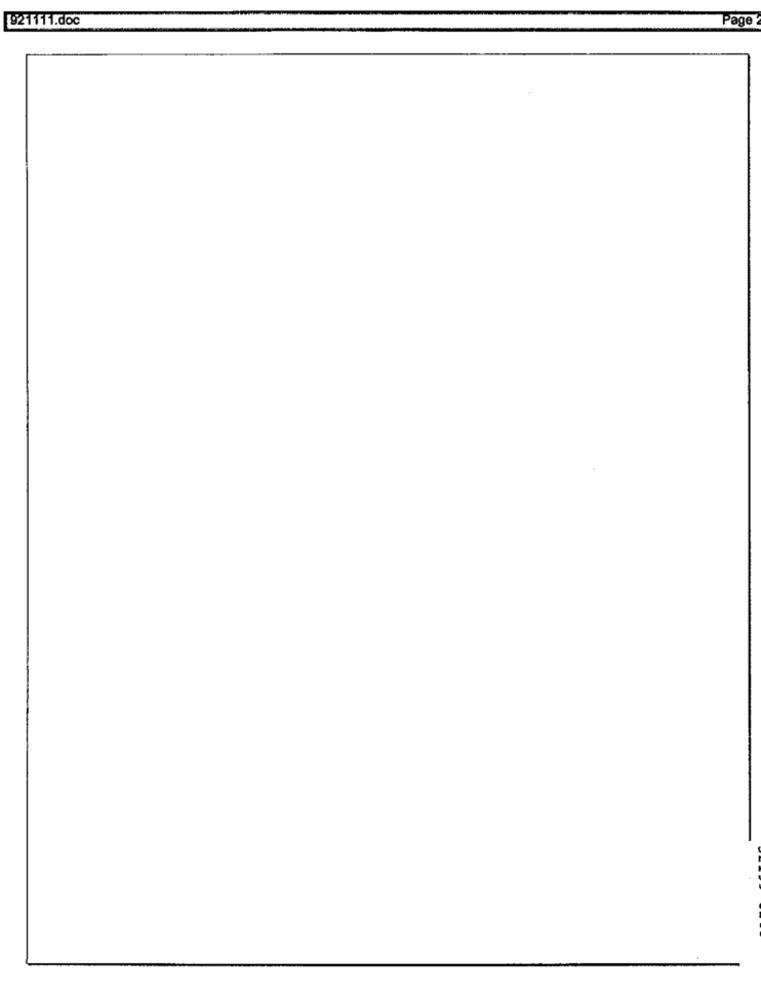
921111.doc
Page